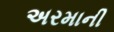
અરમાની